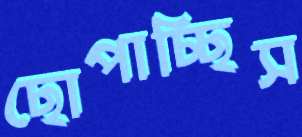
ছোপাচ্ছিস